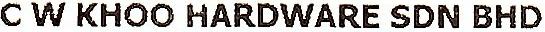
C W KHOO HARDWARE SDN BHD